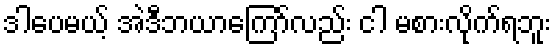
ဒါပေမယ့် အဲဒီဘယာကြော်လည်း ငါ မစားလိုက်ရဘူး